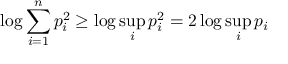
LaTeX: \log \sum _ { i = 1 } ^ { n } { p _ { i } ^ { 2 } } \geq \log \operatorname* { s u p } _ { i } p _ { i } ^ { 2 } = 2 \log \operatorname* { s u p } _ { i } p _ { i }